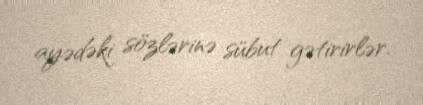
ayədəki sözlərinə sübut gətirirlər.